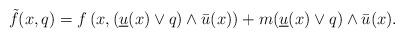
LaTeX: \begin{align*}\tilde{f}(x, q)= f \left(x, (\underline{u}(x)\vee q)\wedge\bar{u}(x)\right) + m (\underline{u}(x)\vee q)\wedge\bar{u}(x).\end{align*}